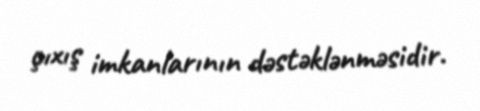
çıxış imkanlarının dəstəklənməsidir.